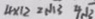
4 \times 1 2 = \sqrt { 1 3 } 4 \sqrt { 3 }